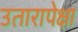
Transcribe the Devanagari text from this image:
उतारापेक्षा